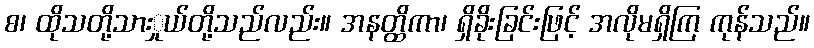
စ၊ ထိုသတို့သားှုယ်တို့သည်လည်း။ အနတ္ထိကာ၊ ရှိခိုးခြင်းဖြင့် အလိုမရှိကြ ကုန်သည်။